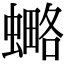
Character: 𧐣